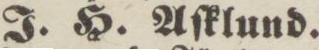
J. H. Aſklund.